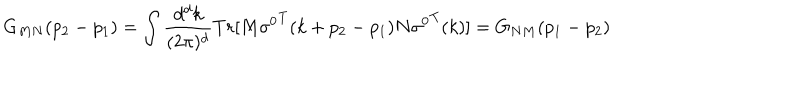
G _ { M N } ( p _ { 2 } - p _ { 1 } ) = \int { \frac { d ^ { d } k } { ( 2 \pi ) ^ { d } } } T r [ M { \sigma ^ { 0 } } ^ { T } ( k + p _ { 2 } - p _ { 1 } ) N { \sigma ^ { 0 } } ^ { T } ( k ) ] = G _ { N M } ( p _ { 1 } - p _ { 2 } )